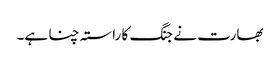
بھارت نے جنگ کا راستہ چنا ہے۔